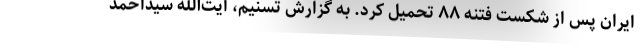
ایران پس از شکست فتنه ۸۸ تحمیل کرد. به گزارش تسنیم، آیت‌الله سیداحمد